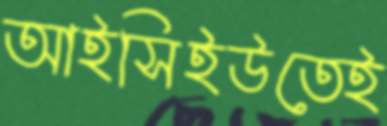
আইসিইউতেই